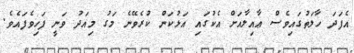
އެފަދަ ހާލަތުގައިވެސް ޢާއިލާއަށް އެކުގައި އަޅުކަން ކުރެވޭނެ މަގު މިއަދު ވަނީ ފަހިވެފައެވެ.